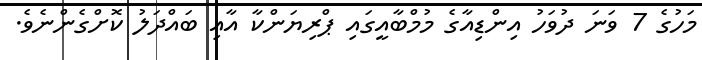
މަހުގެ 7 ވަނަ ދުވަހު އިންޑިއާގެ މުމްބާއީގައި ޕްރިޔަންކާ އާއި ބައްދަލު ކޮށްގެންނެވެ.